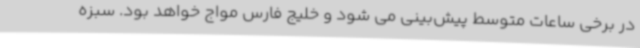
در برخی ساعات متوسط پیش‌بینی می شود و خلیج فارس مواج خواهد بود. سبزه